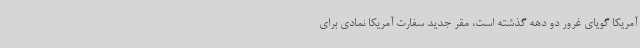
آمریکا گویای غرور دو دهه گذشته است، مقر جدید سفارت آمریکا نمادی برای